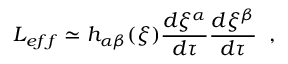
L _ { e f f } \simeq h _ { \alpha \beta } ( \xi ) \frac { d \xi ^ { \alpha } } { d \tau } \frac { d \xi ^ { \beta } } { d \tau } \; \; ,